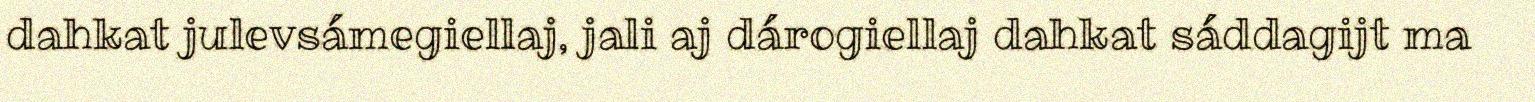
dahkat julevsámegiellaj, jali aj dárogiellaj dahkat sáddagijt ma